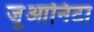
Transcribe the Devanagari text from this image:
जूआनिटा